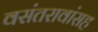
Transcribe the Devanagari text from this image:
वसंतरावांसह